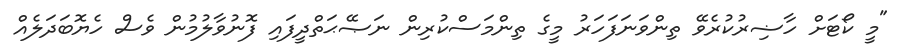
"މީ ކޯޓަށް ހާޟިރުކުރެވޭ ތިންވަނަފަހަރު މީގެ ތިންމަސްކުރިން ނަޞޭޙަތްދީފައި ފޮނުވާލުމުން ވެސް ހެޔޮބަދަލެއް